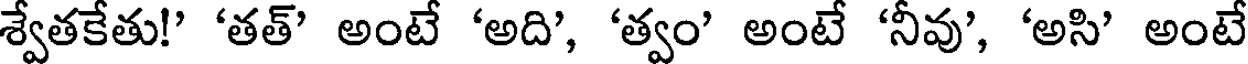
శ్వేతకేతు!' 'తత్' అంటే 'అది', 'త్వం' అంటే 'నీవు', 'అసి' అంటే